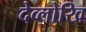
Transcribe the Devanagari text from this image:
देव्लोखि